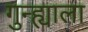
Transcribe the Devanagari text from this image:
गुन्ह्याला